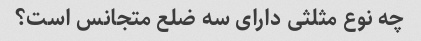
چه نوع مثلثی دارای سه ضلع متجانس است؟